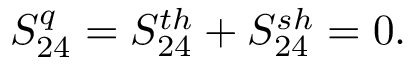
{ S _ { 2 4 } ^ { q } = S _ { 2 4 } ^ { t h } + S _ { 2 4 } ^ { s h } = 0 } .